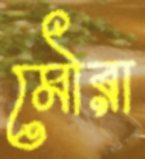
মৌরা